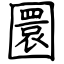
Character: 圜